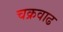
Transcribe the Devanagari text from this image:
चक्रवाढ